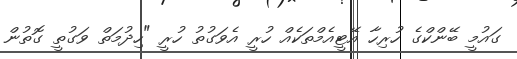
ގައުމީ ބޭންކްގެ ހުރިހާ އޭޓީއެމްތަކެއް ހުރީ އެވަގުތު ހުރީ "ހިދުމަތް ވަގުތީ ގޮތުން